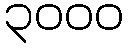
၃၀၀၀